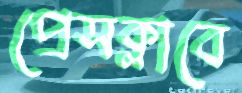
প্রেসক্লাবে